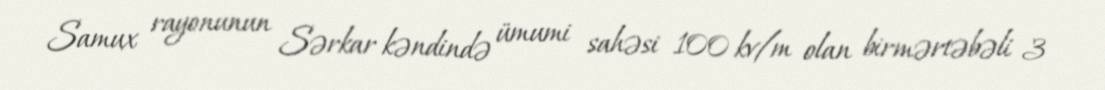
Samux rayonunun Sərkar kəndində ümumi sahəsi 100 kv/m olan birmərtəbəli 3